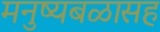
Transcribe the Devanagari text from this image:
मनुष्यबळासह